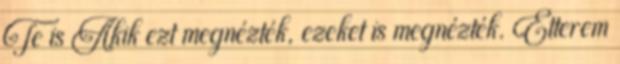
Te is Akik ezt megnézték, ezeket is megnézték. Étterem